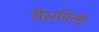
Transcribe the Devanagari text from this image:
बैसविली